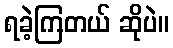
ရခဲ့ကြတယ် ဆိုပဲ။